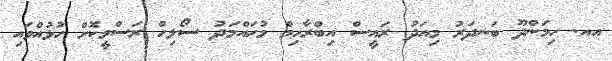
އއ. ހިމަންދޫ ބަނދަރު މިއަދު ރައީސް އިބްރާހިމް މުހައްމަދު ސޯލިހް ރަސްމީކޮށް ހުޅުއްވައި